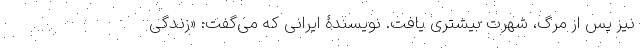
نیز پس از مرگ، شهرت بیشتری یافت. نویسندۀ ایرانی که می‌گفت: «‌زندگی